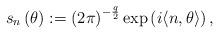
LaTeX: \begin{align*} s_{n}\left( \theta \right) :=\left( 2\pi \right) ^{-\frac{q}{2}}\exp \left( i \langle n,\theta \rangle\right) ,\end{align*}